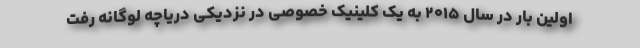
اولین بار در سال ۲۰۱۵ به یک کلینیک خصوصی در نزدیکی دریاچه لوگانه رفت